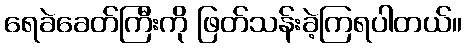
ရေခဲခေတ်ကြီးကို ဖြတ်သန်းခဲ့ကြရပါတယ်။